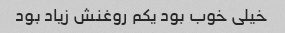
خیلی خوب بود یکم روغنش زیاد بود